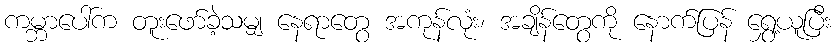
ကမ္ဘာပေါ်က တူးဖော်ခဲ့သမျှ နေရာတွေ အကုန်လုံး၊ အချိန်တွေကို နောက်ပြန် ရွှေ့ယူပြီး